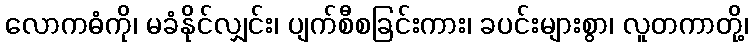
လောကဓံကို၊ မခံနိုင်လျှင်း၊ ပျက်စီစခြင်းကား၊ ခပင်းများစွာ၊ လူတကာတို့၊